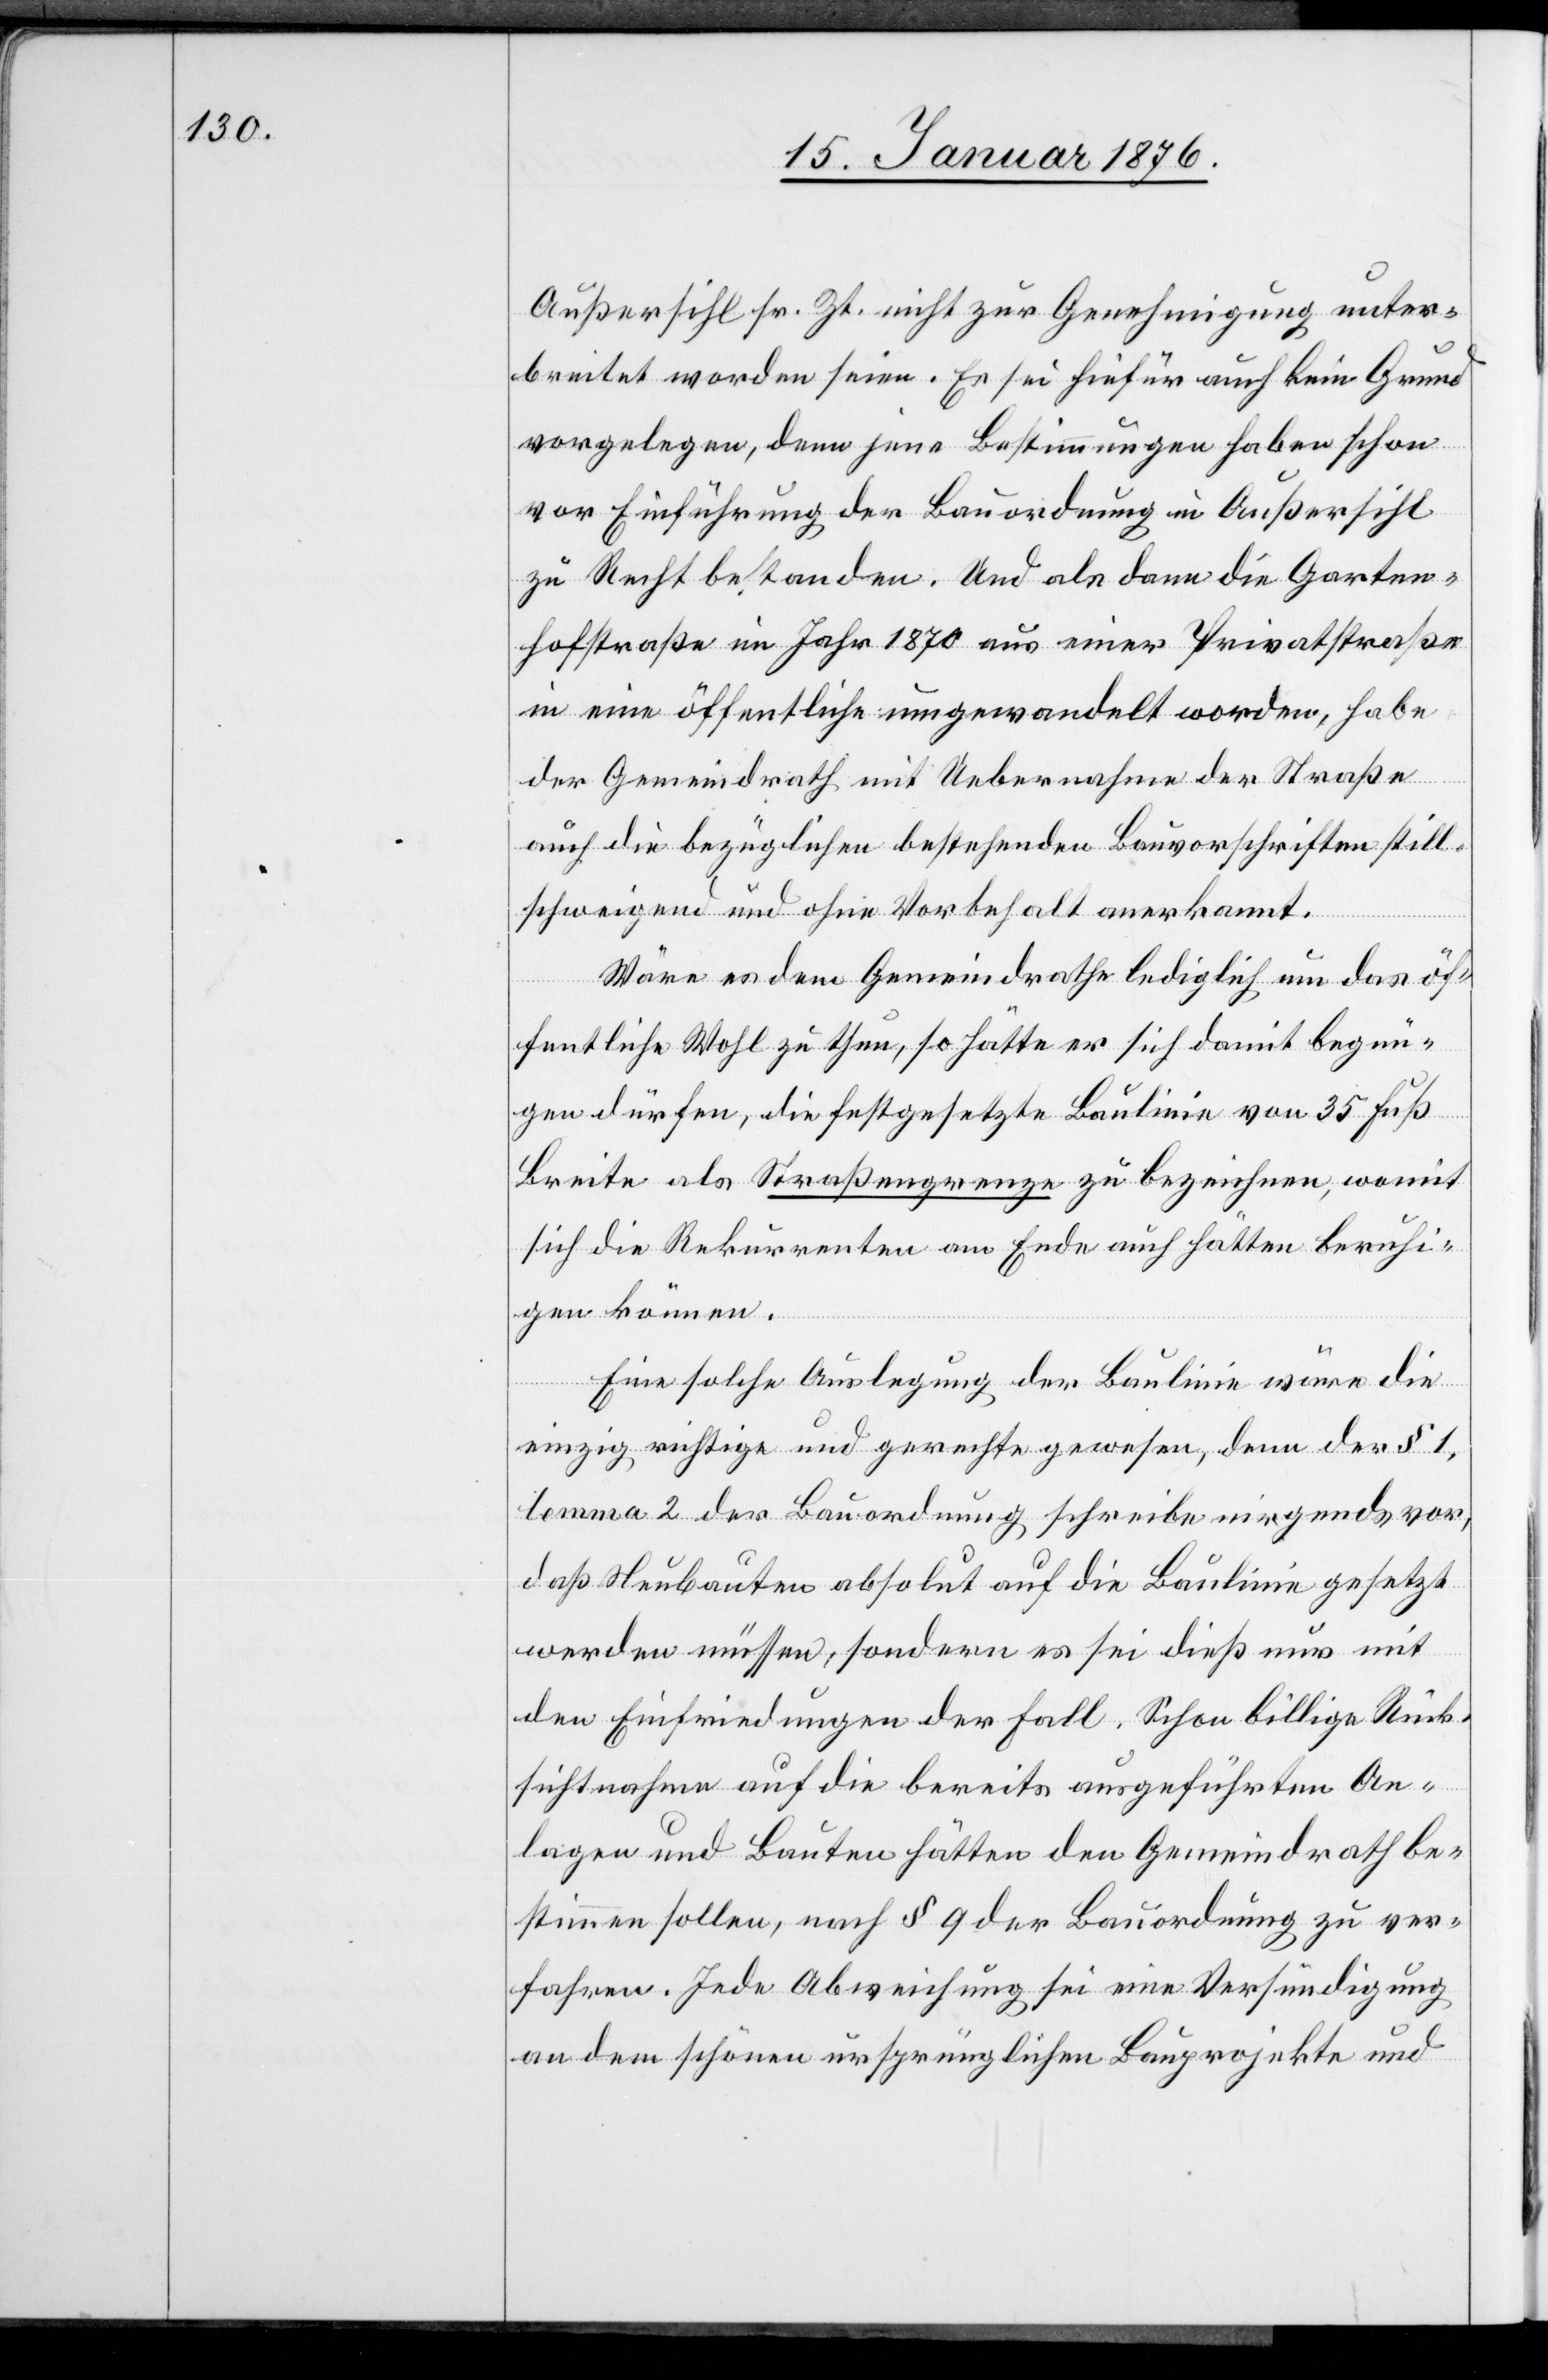
Außersihl sr. Zt. nicht zur Genehmigung unter¬
breite worden seien. Es sei hiefür auch kein Grund
vorgelegen, denn jene Bestimmungen haben schon
vor Einführung der Bauordnung in Außersihl
zu Recht bestanden. Und als dann die Garten¬
hofstraße im Jahr 1870 aus einer Privatstraße
in eine öffentliche umgewandelt worden, habe
der Gemeindrath mit Uebernahme der Straße
auch die bezüglichen bestehenden Bauvorschriften still¬
schweigend und ohne Vorbehalt anerkannt.
Wäre es dem Gemeindrath lediglich um das öf¬
fentliche Wohl zu thun, so hätte er sich damit begn¬
ügen dürfen, die festgesetzte Baulinie von 35 Fuß
Breite als Straßengrenze zu bezeichnen, womit
sich die Rekurrenten am Ende auch hätten beruhi¬
gen können.
Eine solche Auslegung der Baulinie wäre die
einzig richtige und gerechte gewesen, denn der § 1,
lemma 2 der Bauordnung schreibe nirgends vor,
daß Neubauten absolut auf die Baulinie gesetzt
werden müssen, sondern es sei dieß nur mit
den Einfriedungen der Fall. Schon billige Rück¬
sichtnahme auf die bereits ausgeführten An¬
lagen und Bauten hätten den Gemeindrath be¬
stimmen sollen, nach § 9 der Bauordnung zu ver¬
fahren. Jede Abweichung sei eine Versündigung
an dem schönen ursprünglichen Bauprojekte und